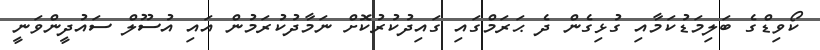
ކޯވިޑްގެ ބަލިމަޑުކަމާއި ގުޅިގެން ދެ ޙަރަމްގައި ގައިދުކުރުކޮށް ނަމާދުކުރަމުން އައި އުސޫލް ސައުދީންވަނީ